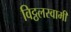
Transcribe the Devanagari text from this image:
विट्ठलस्वामी